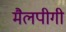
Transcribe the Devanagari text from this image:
मैलपीगी